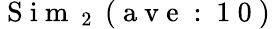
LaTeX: \mathrm{~S~i~m~}_{\mathrm{~2~}}\mathrm{~(~a~v~e~:~1~0~)~}